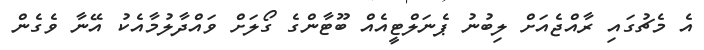
އެ މެޗުގައި ރާއްޖެއަށް ލިބުނު ޕެނަލްޓީއެއް ބޫޓާންގެ ގޯލަށް ވައްދާލުމާއެކު އޭނާ ވެގެން